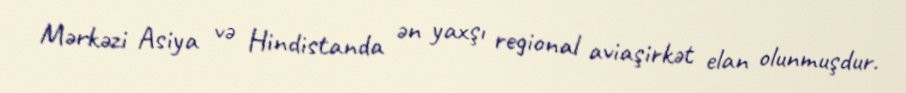
Mərkəzi Asiya və Hindistanda ən yaxşı regional aviaşirkət elan olunmuşdur.